Lunatic asylums Burma 1907-21 - 1907-1921
Year: 1907
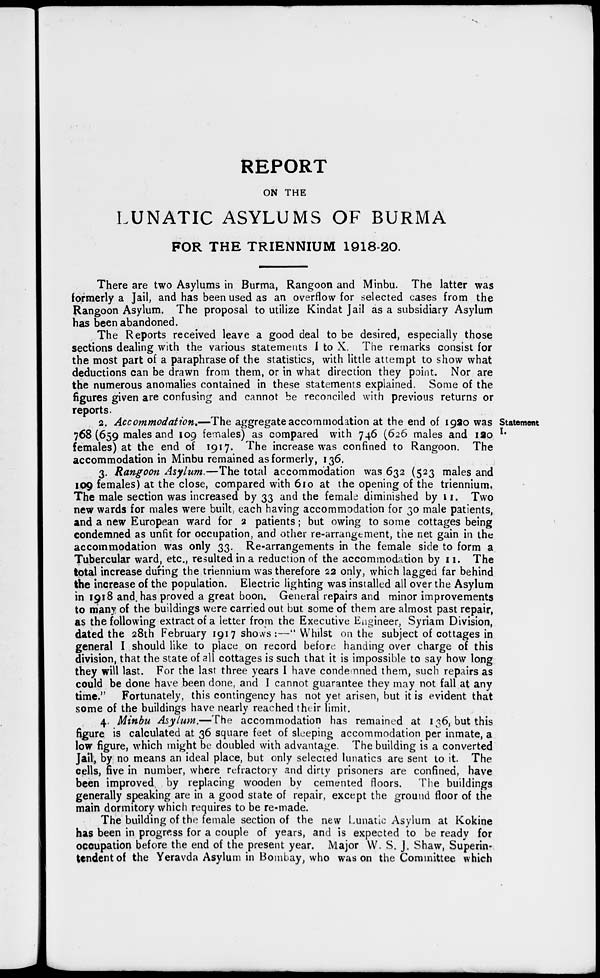
REPORT
ON THE
LUNATIC ASYLUMS OF BURMA
FOR THE TRIENNIUM 1918-20.
There are two Asylums in Burma, Rangoon and Minbu. The latter was
formerly a Jail, and has been used as an overflow for selected cases from the
Rangoon Asylum. The proposal to utilize Kindat Jail as a subsidiary Asylum
has been abandoned.
The Reports received leave a good deal to be desired, especially those
sections dealing with the various statements I to X. The remarks consist for
the most part of a paraphrase of the statistics, with little attempt to show what
deductions can be drawn from them, or in what direction they point. Nor are
the numerous anomalies contained in these statements explained. Some of the
figures given are confusing and cannot be reconciled with previous returns or
reports.
Statement
I.
2. Accommodation.—The aggregate accommodation at the end of 1920 was
768 (659 males and 109 females) as compared with 746 (626 males and 120
females) at the end of 1917. The increase was confined to Rangoon. The
accommodation in Minbu remained as formerly, 136.
3. Rangoon Asylum.—The total accommodation was 632 (523 males and
109 females) at the close, compared with 610 at the opening of the triennium.
The male section was increased by 33 and the female diminished by 11. Two
new wards for males were built, each having accommodation for 30 male patients,
and a new European ward for 2 patients; but owing to some cottages being
condemned as unfit for occupation, and other re-arrangement, the net gain in the
accommodation was only 33. Re-arrangements in the female side to form a
Tubercular ward, etc., resulted in a reduction of the accommodation by 11. The
total increase during the triennium was therefore 22 only, which lagged far behind
the increase of the population. Electric lighting was installed all over the Asylum
in 1918 and. has proved a great boon. General repairs and minor improvements
to many of the buildings were carried out but some of them are almost past repair,
as the following extract of a letter from the Executive Engineer, Syriam Division,
dated the 28th February 1917 shows:—" Whilst on the subject of cottages in
general I should like to place on record before handing over charge of this
division, that the state of all cottages is such that it is impossible to say how long
they will last. For the last three years I have condemned them, such repairs as
could be done have been done, and I cannot guarantee they may not fall at any
time." Fortunately, this contingency has not yet arisen, but it is evident that
some of the buildings have nearly reached their limit.
4. Minbu Asylum.—The accommodation has remained at 136, but this
figure is calculated at 36 square feet of sleeping accommodation per inmate, a
low figure, which might be doubled with advantage. The building is a converted
Jail, by no means an ideal place, but only selected lunatics are sent to it. The
cells, five in number, where refractory and dirty prisoners are confined, have
been improved by replacing wooden by cemented floors. The buildings
generally speaking are in a good state of repair, except the ground floor of the
main dormitory which requires to be re-made.
The building of the female section of the new Lunatic Asylum at Kokine
has been in progress for a couple of years, and is expected to be ready for
occupation before the end of the present year. Major W. S. J. Shaw, Superin-
tendent of the Yeravda Asylum in Bombay, who was on the Committee which